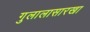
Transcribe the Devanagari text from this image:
गुलालासारखा